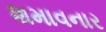
શમાવનાર